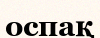
оспақ